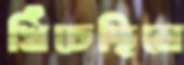
খিঁচেছিলে